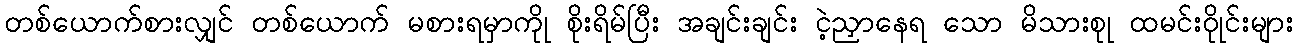
တစ်ယောက်စားလျှင် တစ်ယောက် မစားရမှာကိုု စိုးရိမ်ပြီး အချင်းချင်း ငဲ့ညှာနေရ သော မိသားစုု ထမင်းဝိုုင်းများ